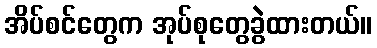
အိပ်စင်တွေက အုပ်စုတွေခွဲထားတယ်။